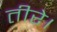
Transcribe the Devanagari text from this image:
तीरे।